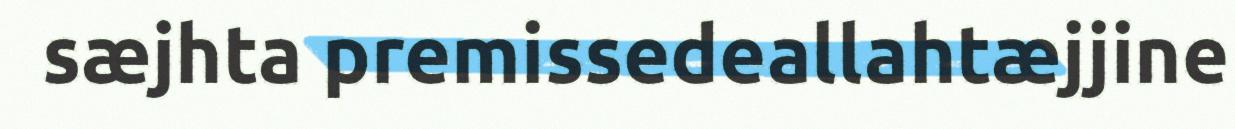
sæjhta premissedeallahtæjjine